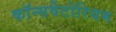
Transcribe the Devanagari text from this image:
कॉन्सर्वेटोरियम